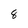
Character: 8